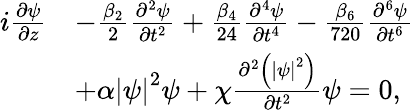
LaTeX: \begin{array}{rl}{i\frac{\partial\psi}{\partial z}}&{-\frac{\beta_{2}}{2}\frac{\partial^{2}\psi}{\partial t^{2}}+\frac{\beta_{4}}{24}\frac{\partial^{4}\psi}{\partial t^{4}}-\frac{\beta_{6}}{720}\frac{\partial^{6}\psi}{\partial t^{6}}}\\ &{+\alpha\left|\psi\right|^{2}\psi+\chi\frac{\partial^{2}\left(\left|\psi\right|^{2}\right)}{\partial t^{2}}\psi=0,}\end{array}